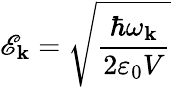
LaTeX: \mathscr{E}_{\mathbf{k}}=\sqrt{\frac{\hbar\omega_{\mathbf{k}}}{2\varepsilon_{0}V}}